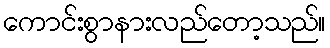
ကောင်းစွာနားလည်တော့သည်။